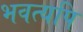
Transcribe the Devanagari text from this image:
भवत्यपि